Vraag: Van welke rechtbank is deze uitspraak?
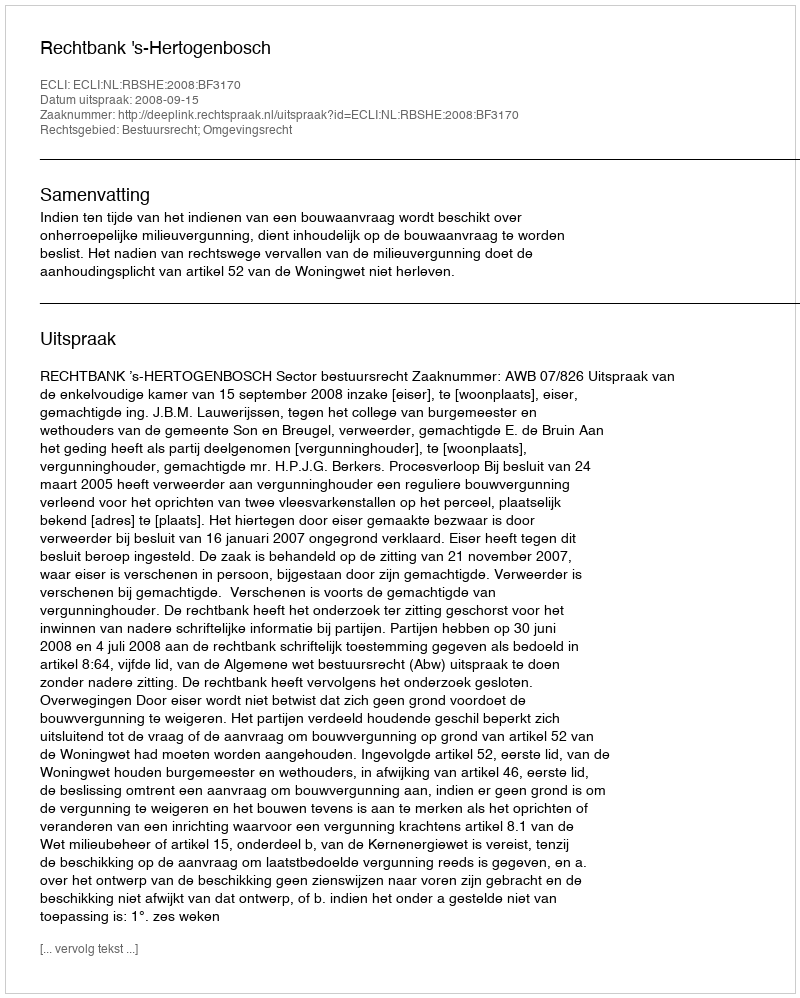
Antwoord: Rechtbank 's-Hertogenbosch